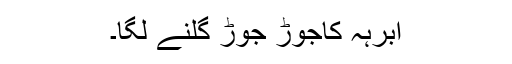
ابرہہ کاجوڑ جوڑ گلنے لگا۔